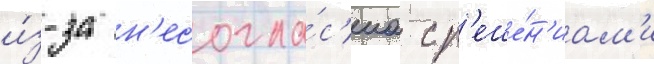
и́з-за н'есогла́с'иа с р'еше́н'иам'и